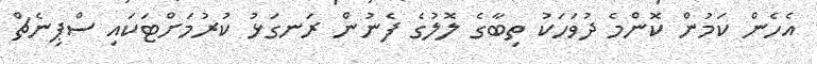
އެހެން ކަމުން ކޮންމެ ދުވަހަކު ތިބާގެ ލޮލުގެ ފެނުން ރަނގަޅު ކުރުމަށްޓަކައި ސްޕިނެޗް